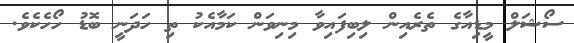
ސޯޝަލް މީޑިއާގެ ތެރެއިން ލިބިފައިވާ މިނިވަން ކަމާއެކު ތި ހަދަނީ ބޮޑު ހޯހެކެވެ.